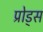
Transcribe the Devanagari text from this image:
प्रोड्स